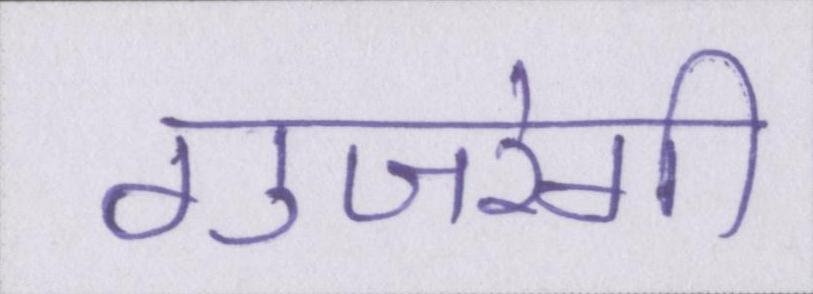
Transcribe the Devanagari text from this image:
गुजरेगी